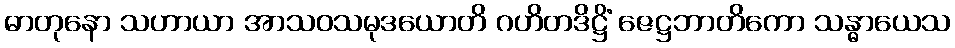
ဓာတုနော သဟာယာ အာသဝသမုဒယောတိ ဂဟိတဒိဋ္ဌိံ ဇေဋ္ဌဘာတိကော သန္ဓာယေသ